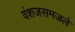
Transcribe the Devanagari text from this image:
वंशजसमजले